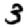
Digit: 3